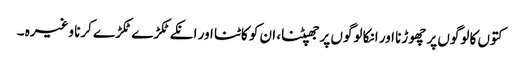
کتوں کا لوگوں پر چھوڑنا اور انکا لوگوں پر جھپٹنا، ان کو کاٹنا اور انکے ٹکڑے ٹکڑے کرنا وغیرہ ۔